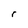
Character: r